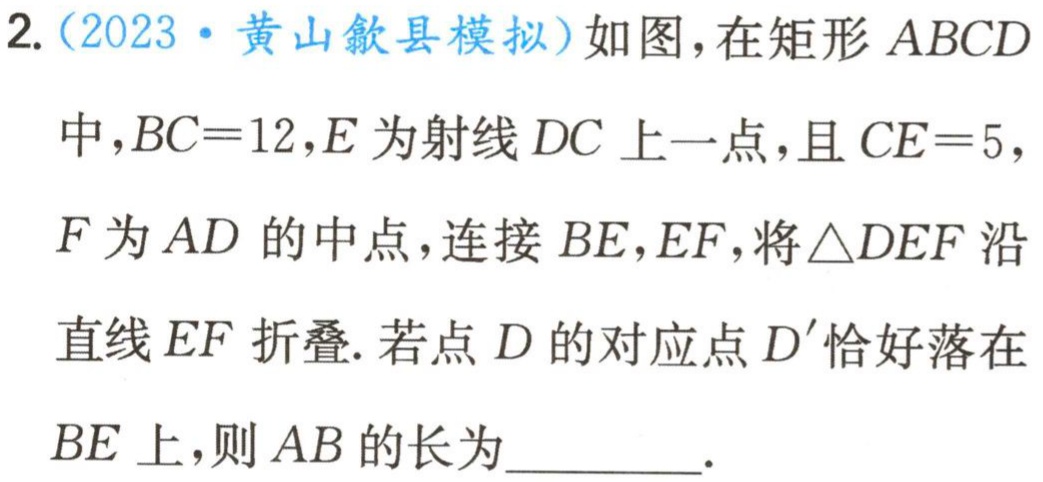
2.（2023·黄山歙县模拟）如图，在矩形 \(ABCD\) 中，\(BC = 12\)，\(E\) 为射线 \(DC\) 上一点，且 \(CE = 5\)，\(F\) 为 \(AD\) 的中点，连接 \(BE\)，\(EF\)，将 \(\triangle DEF\) 沿直线 \(EF\) 折叠. 若点 \(D\) 的对应点 \(D'\) 恰好落在 \(BE\) 上，则 \(AB\) 的长为________.